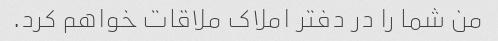
من شما را در دفتر املاک ملاقات خواهم کرد.